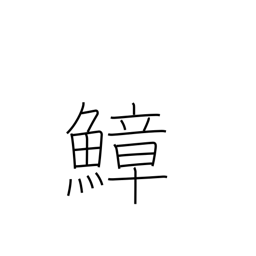
Meaning: octopus